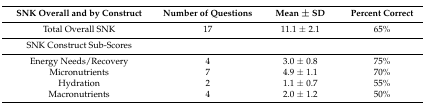
<table><thead><tr><td><b>SNK Overall and by Construct</b></td><td><b>Number of Questions</b></td><td><b>Mean ± SD </b></td><td><b>Percent Correct</b></td></tr></thead><tbody><tr><td>Total Overall SNK</td><td>17</td><td>11.1 ± 2.1</td><td>65%</td></tr><tr><td>SNK Construct Sub-Scores</td><td></td><td></td><td></td></tr><tr><td>Energy Needs/Recovery</td><td>4</td><td>3.0 ± 0.8</td><td>75%</td></tr><tr><td>Micronutrients</td><td>7</td><td>4.9 ± 1.1</td><td>70%</td></tr><tr><td>Hydration</td><td>2</td><td>1.1 ± 0.7</td><td>55%</td></tr><tr><td>Macronutrients</td><td>4</td><td>2.0 ± 1.2</td><td>50%</td></tr></tbody></table>